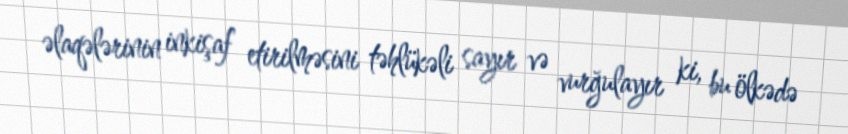
əlaqələrinin inkişaf etirilməsini təhlükəli sayır və vurğulayır ki, bu ölkədə